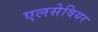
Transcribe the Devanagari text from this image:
एलसेवियर